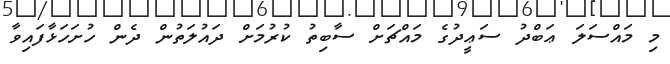
މި މައްސަލަ ޢަބްދު ސަޢީދުގެ މައްޗަށް ސާބިތު ކުރުމަށް ދައުލަތުން ދެން ހުށަހަޅާފައިވާ